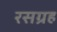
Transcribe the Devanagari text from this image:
रसग्रह